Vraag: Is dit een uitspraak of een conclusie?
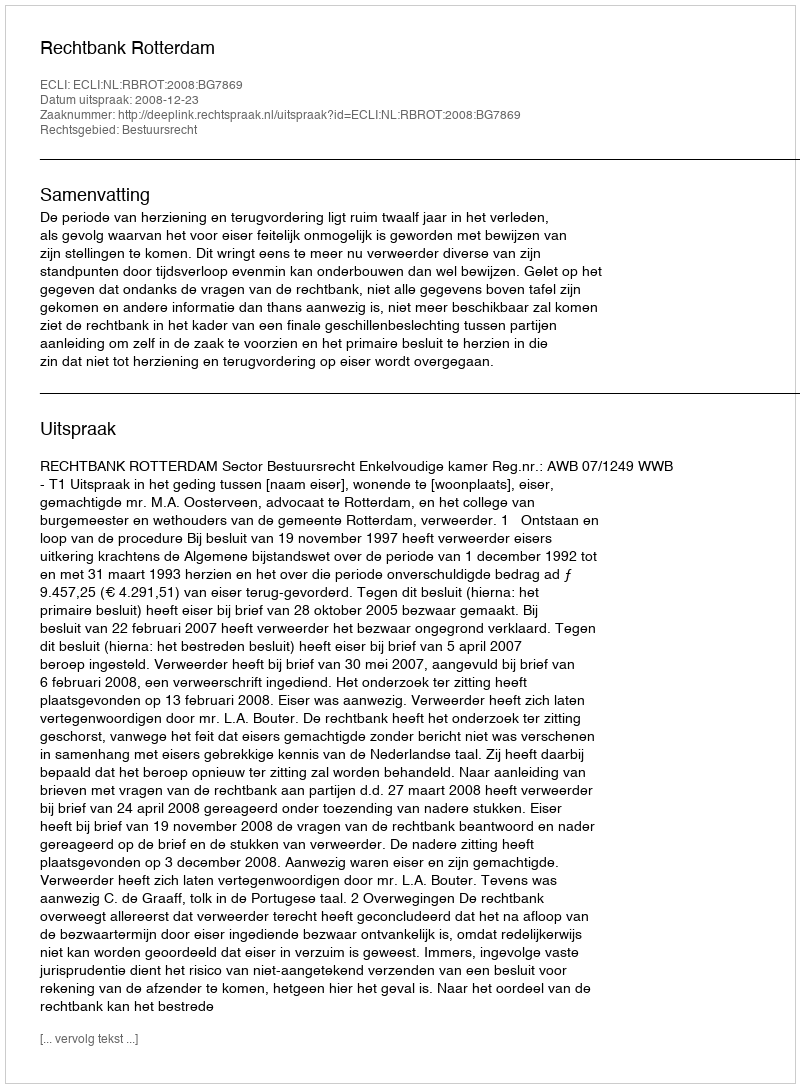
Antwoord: Uitspraak